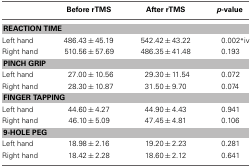
<table><thead><tr><td></td><td><b>Before rTMS</b></td><td><b>After rTMS</b></td><td><b><i>p</i>-value</b></td></tr></thead><tbody><tr><td colspan="4"><b>REACTION TIME</b></td></tr><tr><td>Left hand</td><td>486.43 ± 45.19</td><td>542.42 ± 43.22</td><td>0.002<sup>*</sup><sup>iv</sup></td></tr><tr><td>Right hand</td><td>510.56 ± 57.69</td><td>486.35 ± 41.48</td><td>0.193</td></tr><tr><td colspan="4"><b>PINCH GRIP</b></td></tr><tr><td>Left hand</td><td>27.00 ± 10.56</td><td>29.30 ± 11.54</td><td>0.072</td></tr><tr><td>Right hand</td><td>28.30 ± 10.87</td><td>31.50 ± 9.70</td><td>0.074</td></tr><tr><td colspan="4"><b>FINGER TAPPING</b></td></tr><tr><td>Left hand</td><td>44.60 ± 4.27</td><td>44.90 ± 4.43</td><td>0.941</td></tr><tr><td>Right hand</td><td>46.10 ± 5.09</td><td>47.45 ± 4.81</td><td>0.106</td></tr><tr><td colspan="4"><b>9-HOLE PEG</b></td></tr><tr><td>Left hand</td><td>18.98 ± 2.16</td><td>19.20 ± 2.23</td><td>0.281</td></tr><tr><td>Right hand</td><td>18.42 ± 2.28</td><td>18.60 ± 2.12</td><td>0.641</td></tr></tbody></table>